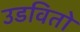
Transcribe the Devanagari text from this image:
उडवितो